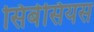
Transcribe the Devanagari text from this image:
सिबेसियस